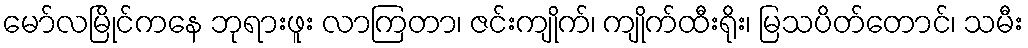
မော်လမြိုင်ကနေ ဘုရားဖူး လာကြတာ၊ ဇင်းကျိုက်၊ ကျိုက်ထီးရိုး၊ မြသပိတ်တောင်၊ သမီး